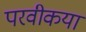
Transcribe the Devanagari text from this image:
परवीकया